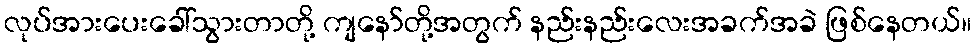
လုပ်အားပေးခေါ်သွားတာတို့ ကျနော်တို့အတွက် နည်းနည်းလေးအခက်အခဲ ဖြစ်နေတယ်။